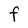
Character: F